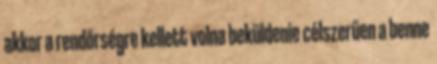
akkor a rendőrségre kellett volna beküldenie célszerűen a benne